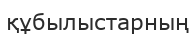
құбылыстарның